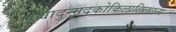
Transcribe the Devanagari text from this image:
पश्चादुन्मदकोकिलालिललना